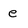
Character: e